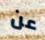
عن